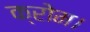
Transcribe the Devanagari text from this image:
क्रोम।